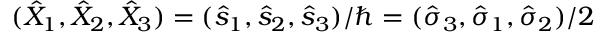
( \hat { X } _ { 1 } , \hat { X } _ { 2 } , \hat { X } _ { 3 } ) = ( \hat { s } _ { 1 } , \hat { s } _ { 2 } , \hat { s } _ { 3 } ) / \hbar = ( \hat { \sigma } _ { 3 } , \hat { \sigma } _ { 1 } , \hat { \sigma } _ { 2 } ) / 2